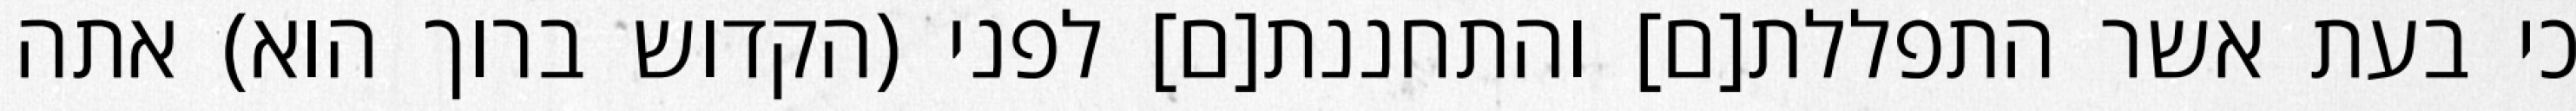
כי בעת אשר התפללת[ם] והתחננת[ם] לפני (הקדוש ברוך הוא) אתה